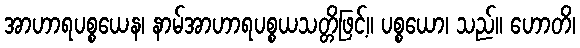
အာဟာရပစ္စယေန၊ နာမ်အာဟာရပစ္စယသတ္တိဖြင့်။ ပစ္စယော၊ သည်။ ဟောတိ၊